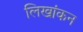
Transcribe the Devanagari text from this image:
लिखांकन